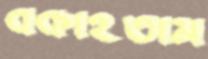
বকাইতাম